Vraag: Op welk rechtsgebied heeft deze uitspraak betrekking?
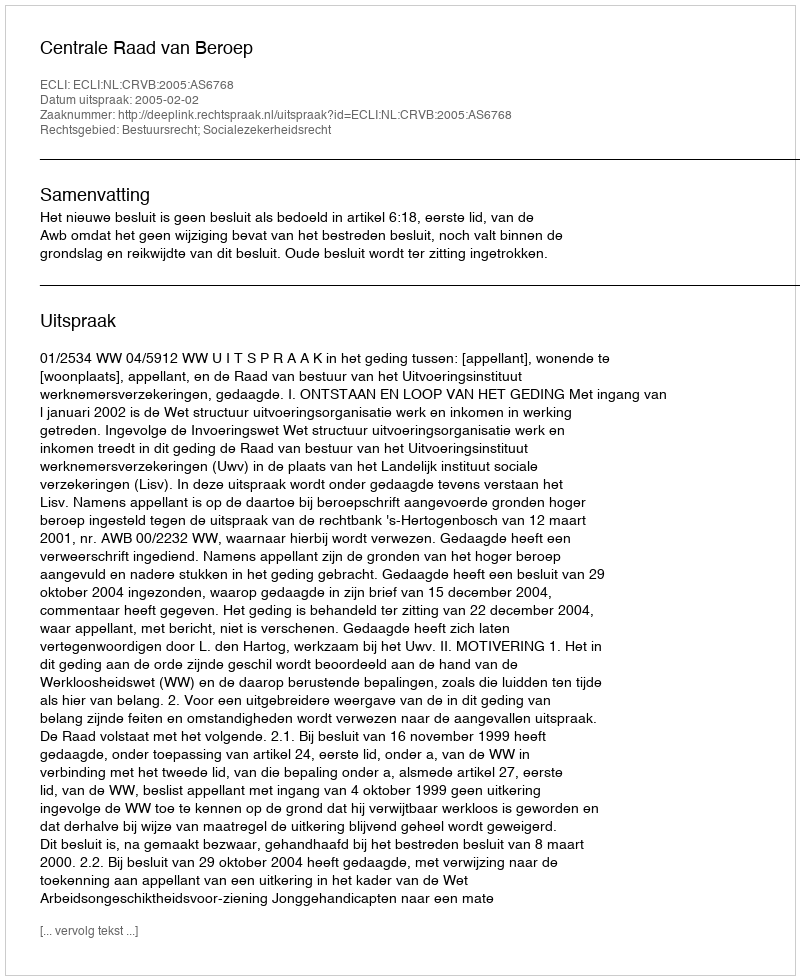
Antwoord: Bestuursrecht; Socialezekerheidsrecht